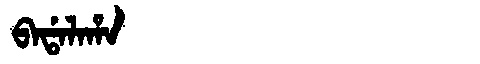
Manchu: ᠪᠠᡩᠠᠯᠠᡥᠠ
Romanization: BADALAHA